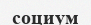
социум